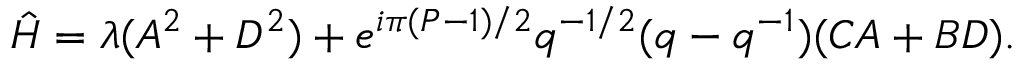
\hat { H } = \lambda ( A ^ { 2 } + D ^ { 2 } ) + e ^ { i \pi ( P - 1 ) / 2 } q ^ { - 1 / 2 } ( q - q ^ { - 1 } ) ( C A + B D ) .